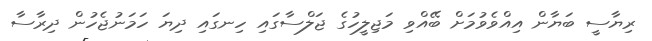
ރިޔާސީ ބަޔާން އިއްވެވުމަށް ބޭއްވި މަޖިލީހުގެ ޖަލްސާގައި ހިނގައި ދިޔަ ހަމަނުޖެހުން ދިރާސާ